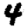
Digit: 4